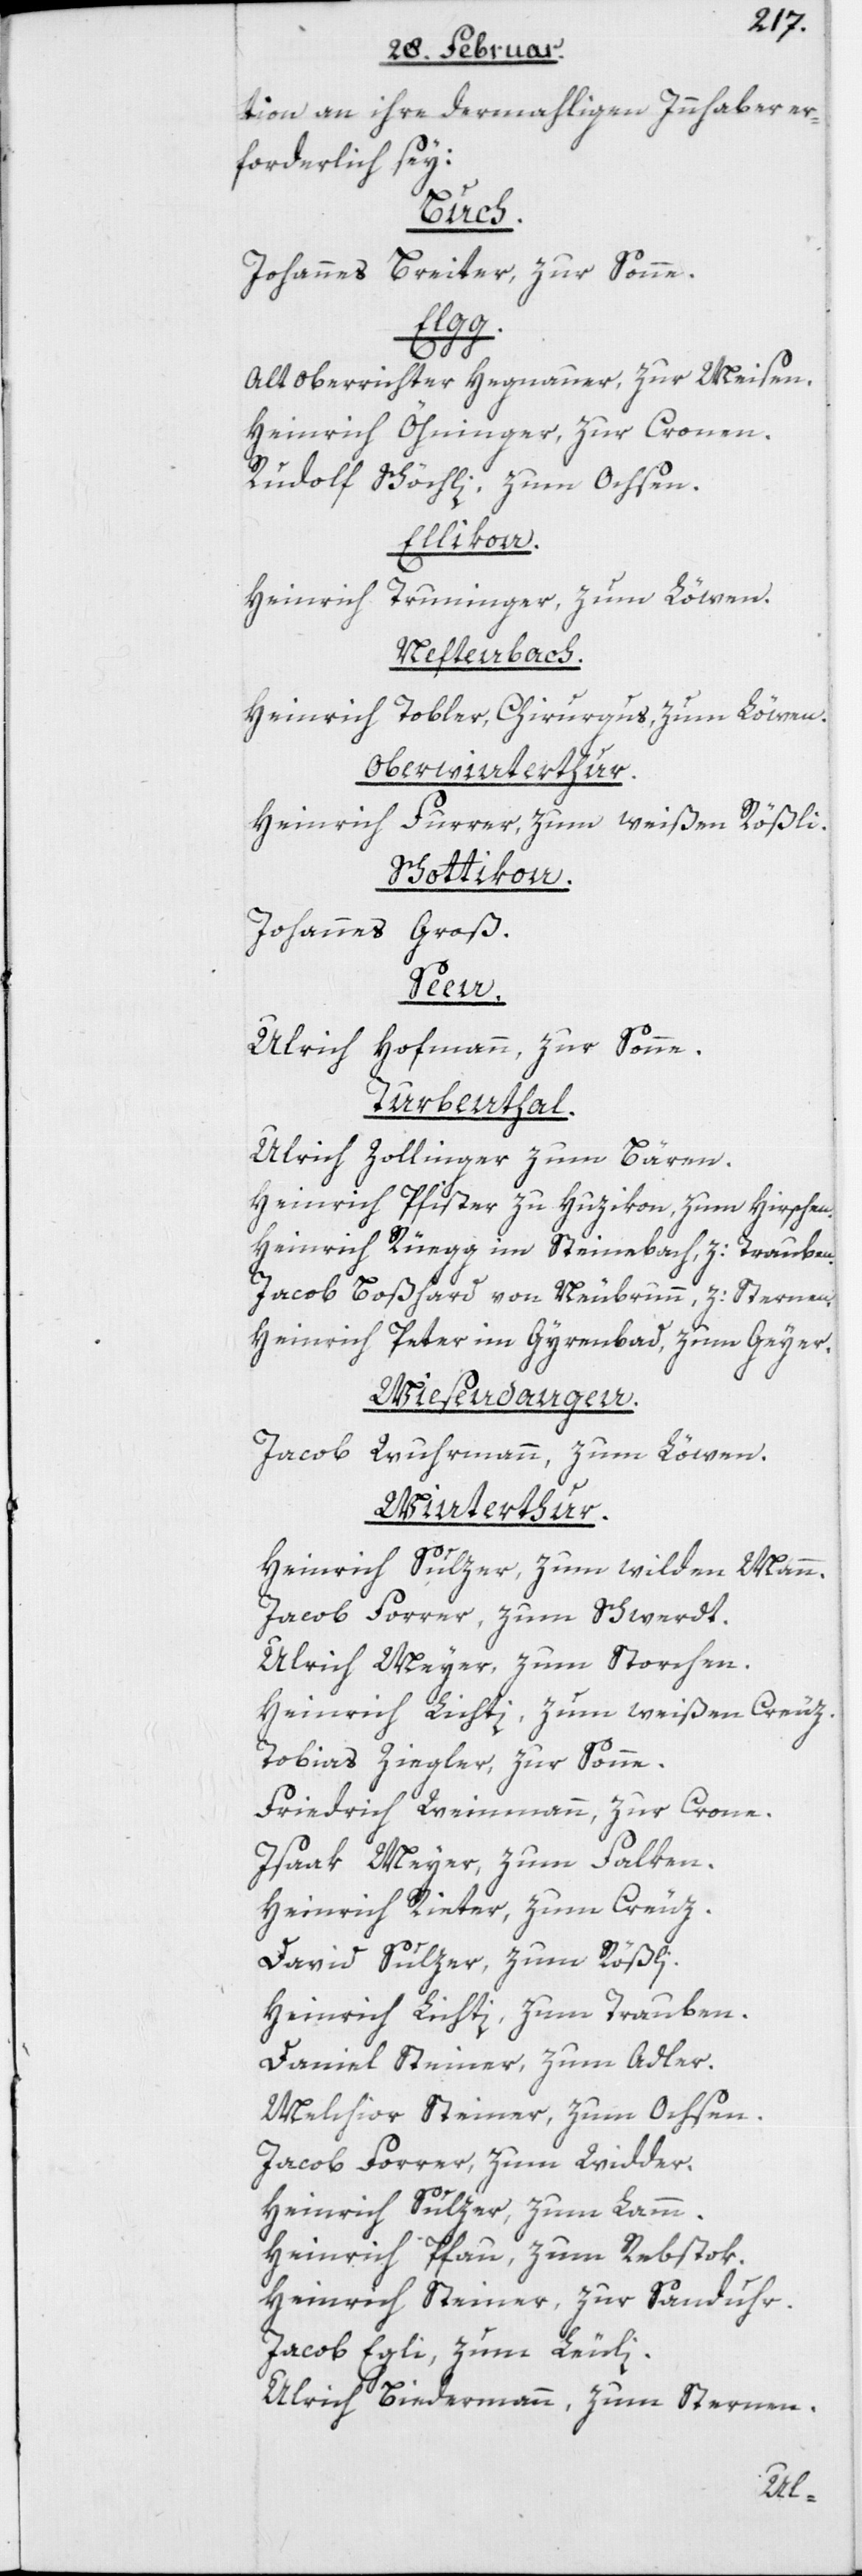
tion an ihre dermahligen Innhaber er¬
forderlich sey:
Buch.
Johannes Breiter, zur Sonne.
Elgg.
Altoberrichter Hegnauer, zur Meisen.
Heinrich Öhninger, zur Cronen.
Rudolf Schöchli, zum Ochsen.
Ellikon.
Truninger, zum Löwen.
Heinrich
Neftenbach.
Heinrich Tobler, Chirurgus, zum Löwen.
Oberwinterthur.
Heinrich Furrer, zum weißen Rößli.
Schottikon.
Johannes Groß.
Seen.
Ulrich Hofmann, zur Sonne.
Turbenthal.
Ulrich Zollinger zum Bären.
Heinrich Pfister zu Huzikon, zum Hirschen.
Heinrich Rüegg in Steinebach, z: Trauben.
Jacob Boßhard von Neubrunn, z: Sternen.
Heinrich Peter im Gyrenbad, zum Geyer.
Wiesendangen.
Jacob Wuhrmann, zum Löwen.
Winterthur.
Heinrich Sulzer, zum wilden Mann.
Jacob Forrer, zum Schwerdt.
Ulrich Meyer, zum Storchen.
Heinrich Lichti, zum weißen Creuz.
Tobias Ziegler, zur Sonne.
Friedrich Weinmann, zur Crone.
Isaak Meyer, zum Falken.
Heinrich Rieter, zum Creuz.
David Sulzer, zum Rößli.
Heinrich Lichti, zum Trauben.
Daniel Steiner, zum Adler.
Melchior Steiner, zum Ochsen.
Jacob Forrer, zum Widder.
Heinrich Sulzer, zum Lamm.
Heinrich Pfau, zum Rebstok.
Heinrich Steiner, zur Sanduhr.
Jacob Egli, zum Leuli.
Ulrich Biedermann, zum Sternen.